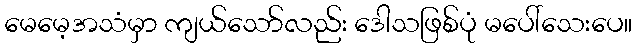
မေမေ့အသံမှာ ကျယ်သော်လည်း ဒေါသဖြစ်ပုံ မပေါ်သေးပေ။